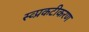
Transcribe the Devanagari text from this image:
स्व्प्रकटीकरण